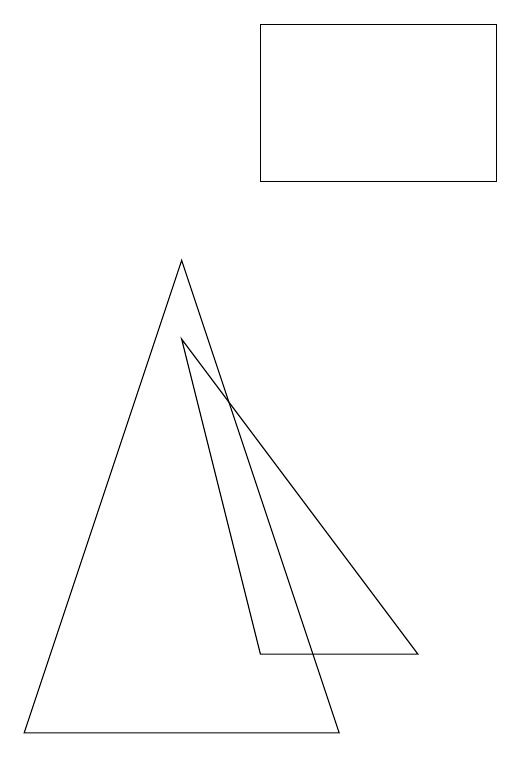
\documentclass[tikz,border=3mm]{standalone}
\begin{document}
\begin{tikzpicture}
\draw (1,3) -- (3,9) -- (5,3) -- cycle;
\draw (4,10) rectangle (7,12);
\draw (4,4) -- (6,4) -- (3,8) -- cycle;
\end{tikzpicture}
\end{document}